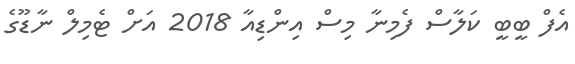
އެފް ބީބީ ކަލާސް ފެމިނާ މިސް އިންޑިއާ 2018 އަށް ޓެމިލް ނާޑޫގެ